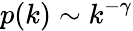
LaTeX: p(k)\sim k^{-\gamma}